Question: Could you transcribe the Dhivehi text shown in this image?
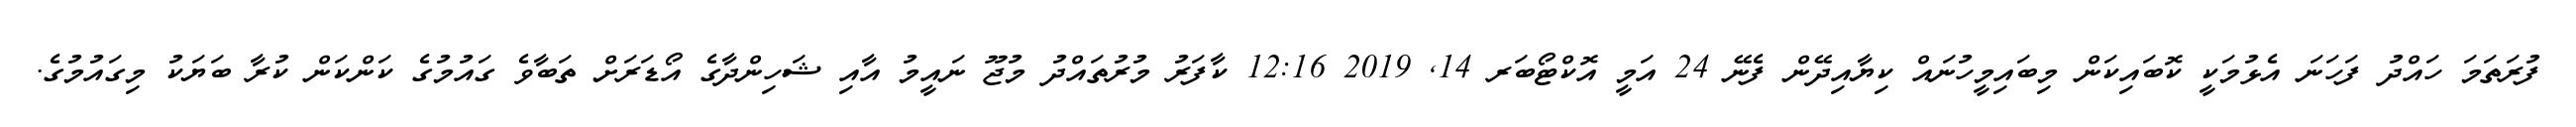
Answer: ފުރަތަމަ ހައްދު ފަހަނަ އެޅުމަކީ ކޮބައިކަން މިބައިމީހުނައް ކިޔާއިދޭން ފެނޭ 24 އަމީ އޮކްޓޯބަރ 14, 2019 12:16 ކާފަރު މުރުތައްދު މުޖޫ ނައީމު އާއި ޝަހިންދާގެ އޯޑަރަށް ތަބާވެ ގައުމުގެ ކަންކަން ކުރާ ބަޔަކު މިގައުމުގެ.